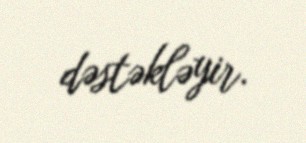
dəstəkləyir.